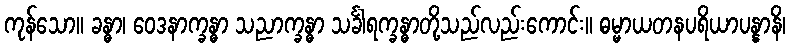
ကုန်သော။ ခန္ဓာ၊ ဝေဒနာက္ခန္ဓာ သညာက္ခန္ဓာ သင်္ခါရက္ခန္ဓာတို့သည်လည်းကောင်း။ ဓမ္မာယတနပရိယာပန္နာနိ၊